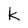
Character: k